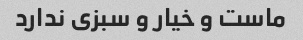
ماست و خیار و سبزی ندارد